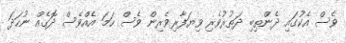
ވެސް އެކުގައި ދެންތިބި ދަތުރުވެރި ވިޔަފާރިވެރިން ވެސް ހަމަ އެއްވެސް ދޮގެއް ނުހަދަ